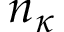
n _ { \kappa }